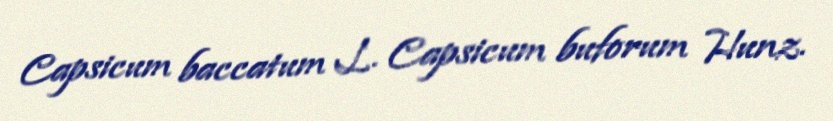
Capsicum baccatum L. Capsicum buforum Hunz.